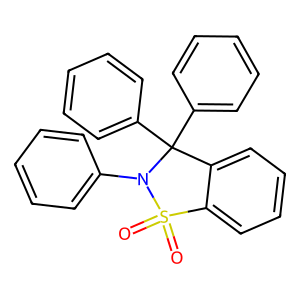
SMILES: O=S1(=O)c2ccccc2C(c2ccccc2)(c2ccccc2)N1c1ccccc1
Inhibits HIV replication: No